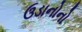
ઉડાનોનો